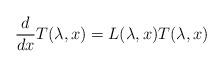
LaTeX: \begin{align*}\frac{d}{dx}T(\lambda,x)=L(\lambda,x)T(\lambda,x)\end{align*}